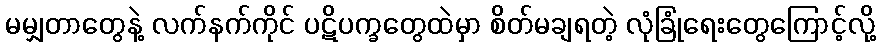
မမျှတာတွေနဲ့ လက်နက်ကိုင် ပဋိပက္ခတွေထဲမှာ စိတ်မချရတဲ့ လုံခြုံရေးတွေကြောင့်လို့